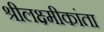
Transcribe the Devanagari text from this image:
श्रीलक्ष्मीकांता